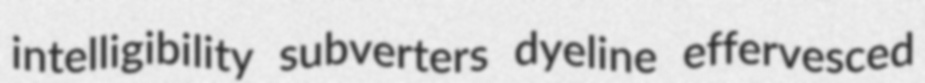
intelligibility subverters dyeline effervesced